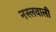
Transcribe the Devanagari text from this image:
नस्लवाली